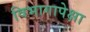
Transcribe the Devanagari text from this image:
विभागापेक्षा